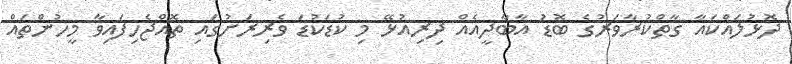
ދޮޅުލައްކައާ ގާތްކުރާވަރުގެ ބޮޑު އާބާދީއެއް ދިރިއުޅޭ މި ކުޑަކުޑަ ވެރިރަށުގައި ތޮއްޖެހިފައިވާ މީހުންތައް